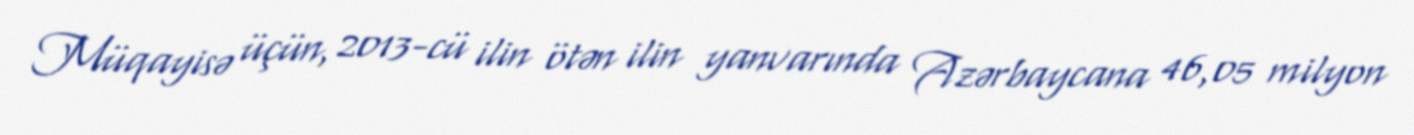
Müqayisə üçün, 2013-cü ilin ötən ilin yanvarında Azərbaycana 46,05 milyon